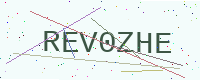
Text: REV0ZHE